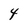
Character: 4